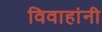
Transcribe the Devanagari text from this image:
विवाहांनी